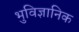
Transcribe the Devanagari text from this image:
भुविज्ञानिक